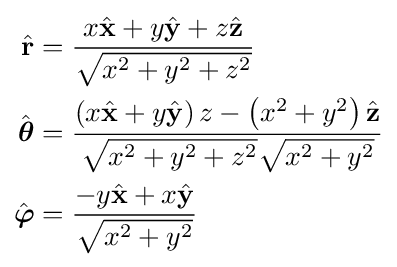
{\begin{aligned}{\hat {\mathbf {r} }}&={\frac {x{\hat {\mathbf {x} }}+y{\hat {\mathbf {y} }}+z{\hat {\mathbf {z} }}}{\sqrt {x^{2}+y^{2}+z^{2}}}}\\{\hat {\boldsymbol {\theta }}}&={\frac {\left(x{\hat {\mathbf {x} }}+y{\hat {\mathbf {y} }}\right)z-\left(x^{2}+y^{2}\right){\hat {\mathbf {z} }}}{{\sqrt {x^{2}+y^{2}+z^{2}}}{\sqrt {x^{2}+y^{2}}}}}\\{\hat {\boldsymbol {\varphi }}}&={\frac {-y{\hat {\mathbf {x} }}+x{\hat {\mathbf {y} }}}{\sqrt {x^{2}+y^{2}}}}\end{aligned}}